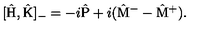
[ \hat { \mathrm { H } } , \hat { \mathrm { K } } ] _ { - } = - i \hat { \mathrm { P } } + i ( \hat { \mathrm { M } } ^ { - } - \hat { \mathrm { M } } ^ { + } ) .